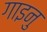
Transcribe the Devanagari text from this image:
गाइनु